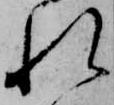
れ